Scottish Leaving Certificate Examination, 1953
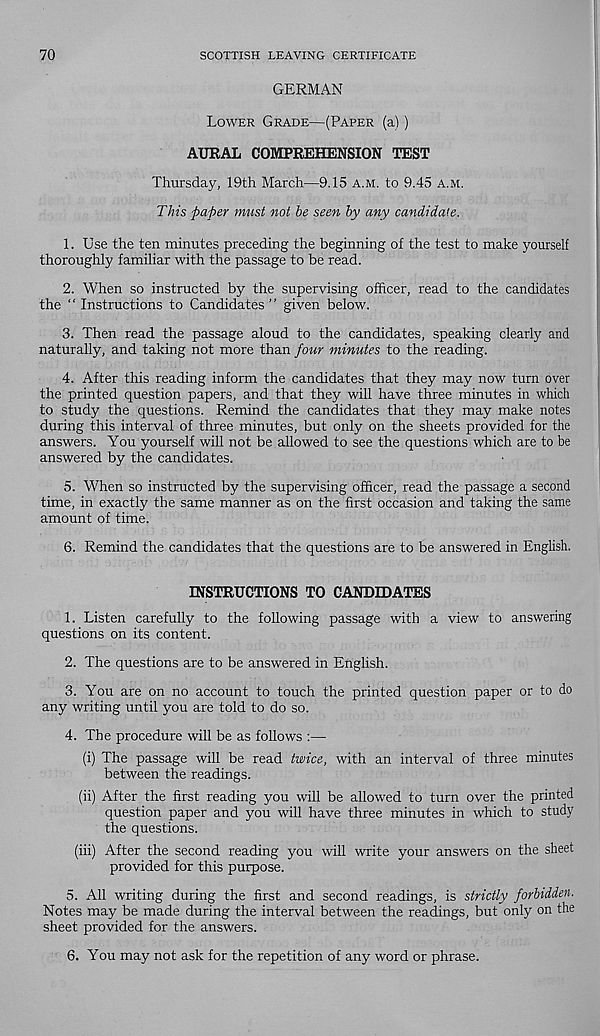
70
SCOTTISH LEAVING CERTIFICATE
GERMAN
Lower Grade—(Paper (a))
AURAL COMPREHENSION TEST
Thursday, 19th March—9.15 a.m. to 9.45 a.m.
This paper must not he seen hy any candidate.
1. Use the ten minutes preceding the beginning of the test to make yourself
thoroughly familiar with the passage to be read.
2. When so instructed by the supervising officer, read to the candidates
the ‘ ‘ Instructions to Candidates ’ ’ given below.
3. Then read the passage aloud to the candidates, speaking clearly and
naturally, and taking not more than four minutes to the reading.
4. After this reading inform the candidates that they may now turn over
the printed question papers, and that they will have three minutes in which
to study the questions. Remind the candidates that they may make notes
during this interval of three minutes, but only on the sheets provided for the
answers. You yourself will not be allowed to see the questions which are to be
answered by the candidates.
5. When so instructed by the supervising officer, read the passage a second
time, in exactly the same manner as on the first occasion and taking the same
amount of time.
6. Remind the candidates that the questions are to be answered in English.
INSTRUCTIONS TO CANDIDATES
1. Listen carefully to the following passage with a view to answering
questions on its content.
2. The questions are to be answered in English.
3. You are on no account to touch the printed question paper or to do
any writing until you are told to do so.
4. The procedure will be as follows :—
(i) The passage will be read twice, with an interval of three minutes
between the readings.
(ii) After the first reading you will be allowed to turn over the printed
question paper and you will have three minutes in which to study
the questions.
(iii) After the second reading you will write your answers on the sheet
provided for this purpose.
5. All writing during the first and second readings, is strictly forbidden.
Notes may be made during the interval between the readings, but only on the
sheet provided for the answers.
6. You may not ask for the repetition of any word or phrase.